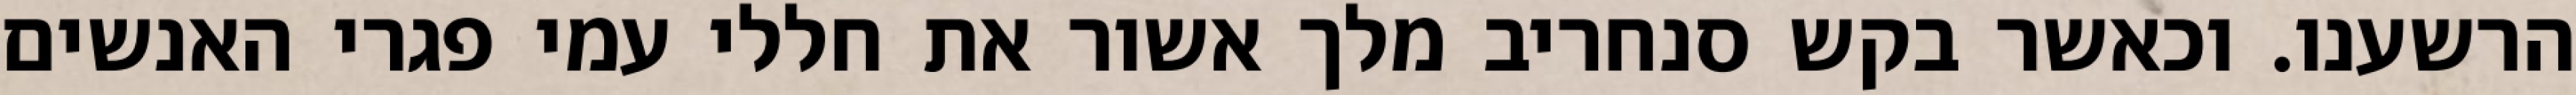
הרשענו. וכאשר בקש סנחריב מלך אשור את חללי עמי פגרי האנשים